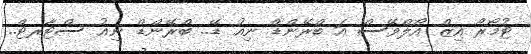
ޓުމޯރޯ އިޒް އޯލްވޭސް އަ ބްރޭންޑް ނިއު ޑޭ.. ބްރޭންޑް ނިއު ސްޓާރޓް..